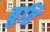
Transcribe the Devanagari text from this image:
बुढि